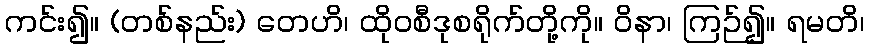
ကင်း၍။ (တစ်နည်း) တေဟိ၊ ထိုဝစီဒုစရိုက်တို့ကို။ ဝိနာ၊ ကြဉ်၍။ ရမတိ၊